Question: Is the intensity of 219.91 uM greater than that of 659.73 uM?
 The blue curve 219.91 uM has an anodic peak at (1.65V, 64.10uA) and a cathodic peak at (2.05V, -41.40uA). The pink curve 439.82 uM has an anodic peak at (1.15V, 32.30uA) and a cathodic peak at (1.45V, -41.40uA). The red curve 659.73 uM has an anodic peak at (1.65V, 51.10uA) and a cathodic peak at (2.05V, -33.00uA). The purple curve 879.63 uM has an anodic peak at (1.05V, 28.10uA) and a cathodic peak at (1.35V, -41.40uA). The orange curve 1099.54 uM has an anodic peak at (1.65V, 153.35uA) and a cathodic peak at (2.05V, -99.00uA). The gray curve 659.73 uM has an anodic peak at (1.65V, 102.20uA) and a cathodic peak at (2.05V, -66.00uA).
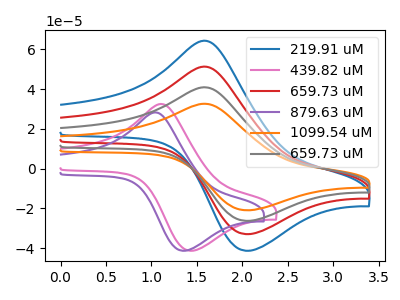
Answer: <think>All the peaks in "219.91 uM" have a peak in "659.73 uM" at the same potential. Every peak in "219.91 uM" is higher than every peak in "659.73 uM".
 </think>
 <answer>"219.91 uM" has more signal than "659.73 uM".</answer>
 <eval>more_signal</eval>